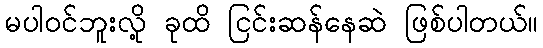
မပါဝင်ဘူးလို့ ခုထိ ငြင်းဆန်နေဆဲ ဖြစ်ပါတယ်။